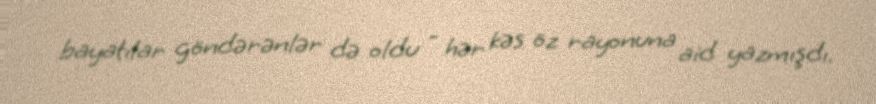
bayatılar göndərənlər də oldu - hər kəs öz rayonuna aid yazmışdı.